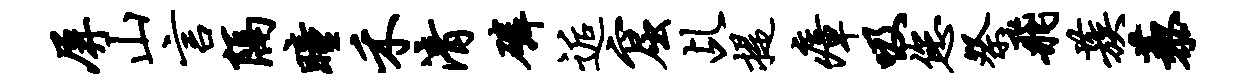
屏山言隔瞳禾清磷逅窟乩提瘴吸您祭飞蔟藜